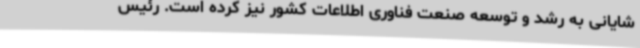
شایانی به رشد و توسعه صنعت فناوری اطلاعات کشور نیز کرده است. رئیس